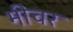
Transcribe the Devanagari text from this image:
मीचर